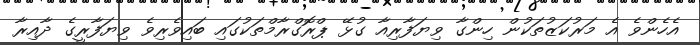
އެހެންވެ އެ މަރުކަޒުތަކުން ހިންގާ ވިޔަފާރިއާ ގުޅޭ ޕްރޮގްރާމްތަކުގައި ބައިވެރިވެ ވިޔަފާރީގެ ދާއިރާ